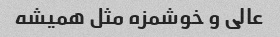
عالی و خوشمزه مثل همیشه